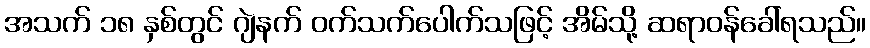
အသက် ၁၈ နှစ်တွင် ဂျဲနက် ဝက်သက်ပေါက်သဖြင့် အိမ်သို့ ဆရာဝန်ခေါ်ရသည်။